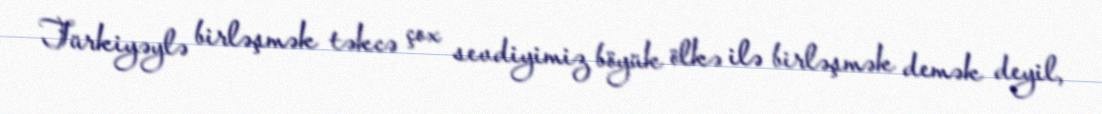
Türkiyəylə birləşmək təkcə çox sevdiyimiz böyük ölkə ilə birləşmək demək deyil,